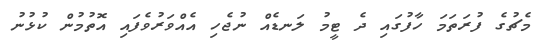
މެޗުގެ ފުރަތަމަ ހާފުގައި ދެ ޓީމު ލަނޑެއް ނުޖެހި އެއްވަރުވެފައި އޮތުމުން ކުޅުނު